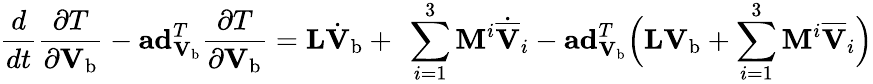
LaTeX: \frac{d}{dt}\frac{\partial T}{\partial\mathbf{V}_{\mathrm{b}}}-\mathbf{ad}_{\mathbf{V}_{\mathrm{b}}}^{T}\frac{\partial T}{\partial\mathbf{V}_{\mathrm{b}}}=\mathbf{L}\dot{\mathbf{V}}_{\mathrm{b}}+\ \sum_{i=1}^{3}\mathbf{M}^{i}\dot{\overline{{\mathbf{V}}}}_{i}-\mathbf{ad}_{\mathbf{V}_{\mathrm{b}}}^{T}\Big(\mathbf{LV}_{\mathrm{b}}+\sum_{i=1}^{3}\mathbf{M}^{i}\overline{{\mathbf{V}}}_{i}\Big)